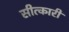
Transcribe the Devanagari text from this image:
सीत्कारी